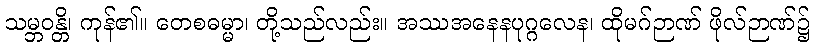
သမ္ဘဝန္တိ၊ ကုန်၏။ တေစဓမ္မာ၊ တို့သည်လည်း။ အဿအနေနပုဂ္ဂလေန၊ ထိုမဂ်ဉာဏ် ဖိုလ်ဉာဏ်၌